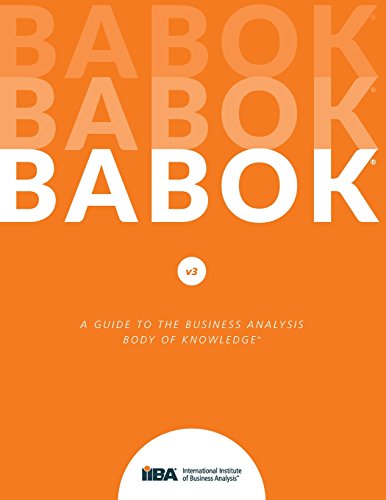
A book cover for A Guide to the Business Analysis Body of Knowledge (BABOK Guide); IIBA; Business & Money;